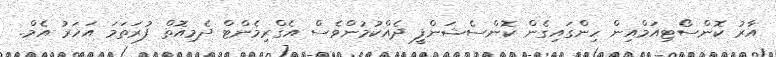
އާރު ކޮންސޯޓިއަމްއިން ހިންގައިގެން ކޮންސެޝަންފީ ދެއްކުމުންވެސް އެގްރިމެންޓް ދެމިއޮތް ފުރަތަމަ އަހަރު އެމް.